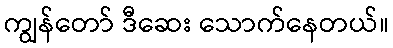
ကျွန်တော် ဒီဆေး သောက်နေတယ်။